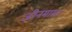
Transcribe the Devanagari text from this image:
जीनमाता